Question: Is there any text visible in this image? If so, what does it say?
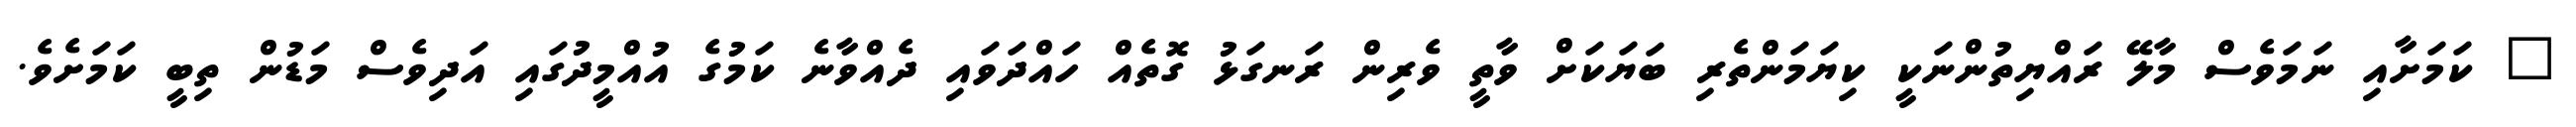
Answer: " ކަމަށާއި ނަމަވެސް މާލޭ ރައްޔިތުންނަކީ ކިޔަމަންތެރި ބަޔަކަށް ވާތީ ވެރިން ރަނގަޅު ގޮތެއް ހައްދަވައި ދެއްވާނެ ކަމުގެ އުއްމީދުގައި އަދިވެސް މަޑުން ތިބީ ކަމަށެވެ.